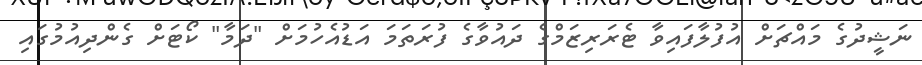
ނަޝީދުގެ މައްޗަށް އުފުލާފައިވާ ޓެރަރިޒަމްގެ ދައުވާގެ ފުރަތަމަ އަޑުއެހުމަށް "ދަމާ" ކޯޓަށް ގެންދިއުމުގައި